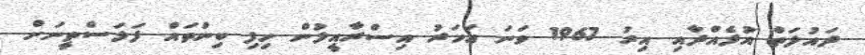
ދައުލަތް އުފެއްދާއި އިރު 1967 ވަނަ އަހަރު އިސްރާއީލުން ހިފި ބިންތައް ފަލަސްތީނަށް